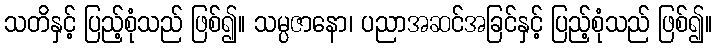
သတိနှင့် ပြည့်စုံသည် ဖြစ်၍။ သမ္ပဇာနော၊ ပညာအဆင်အခြင်နှင့် ပြည့်စုံသည် ဖြစ်၍။